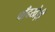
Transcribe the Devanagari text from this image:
चाँदखेड़ी